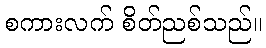
စကားလက် စိတ်ညစ်သည်။